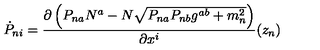
\dot { P } _ { n i } = \frac { \partial \left( P _ { n a } N ^ { a } - N \sqrt { P _ { n a } P _ { n b } g ^ { a b } + m _ { n } ^ { 2 } } \right) } { \partial x ^ { i } } ( z _ { n } )